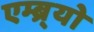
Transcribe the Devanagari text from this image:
एम्ब्र्यो